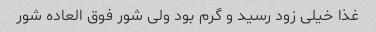
غذا خیلی زود رسید و گرم بود ولی شور فوق العاده شور